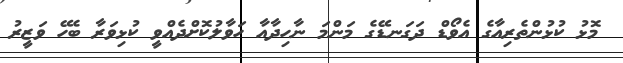
މޮޅު ކުޅުންތެރިއާގެ އެވޯޑް ދަގަނޑޭގެ މަންމަ ނާހިދާއާ ހަވާލުކޮށްދެއްވީ ކުޅިވަރާ ބެހޭ ވަޒީރު